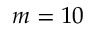
m = 1 0